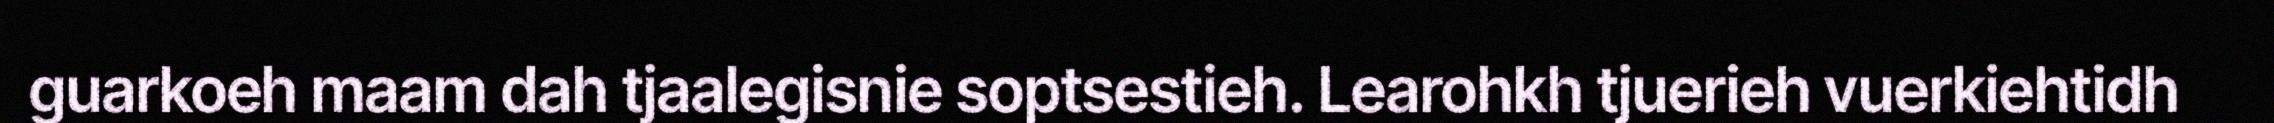
guarkoeh maam dah tjaalegisnie soptsestieh. Learohkh tjuerieh vuerkiehtidh